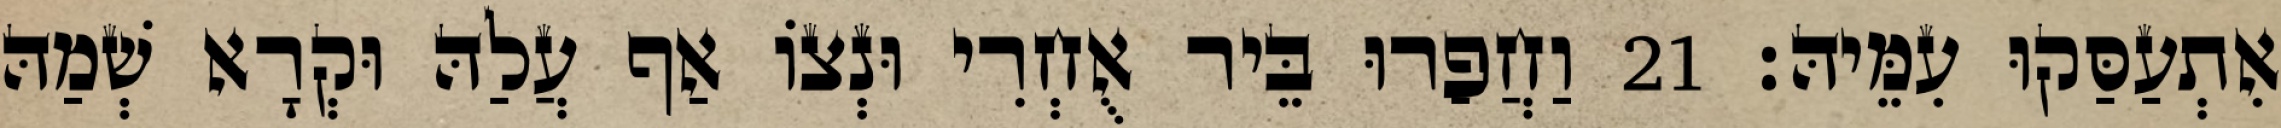
אִתְעַסַּקוּ עִמֵּיהּ׃ 21 וַחֲפַרוּ בֵּיר אֻחְרִי וּנְצוֹ אַף עֲלַהּ וּקְרָא שְׁמַהּ